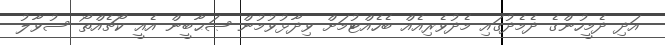
އަދި ދެމީހުންގެ ދެމެދުގައި މެދުވެރިއެއް ބެހެއްޓުމަށް ވިދާޅުވުމުން ޞަޙާބީން އެއީ ކޯޗެއްތޯ ސުވާލު